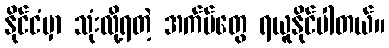
နိုင်ငံမှာ သုံးလို့ရတဲ့ အက်ပ်တွေ ရယူနိုင်ပါတယ်။